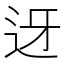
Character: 迓